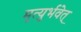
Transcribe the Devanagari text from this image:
मृत्युर्भवेत्